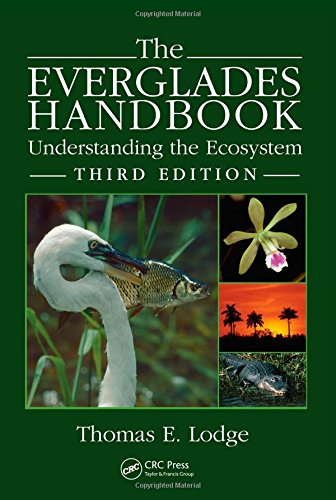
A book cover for The Everglades Handbook: Understanding the Ecosystem, Third Edition; Thomas E. Lodge; Science & Math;